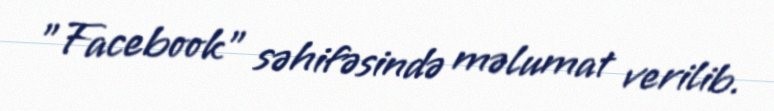
"Facebook" səhifəsində məlumat verilib.